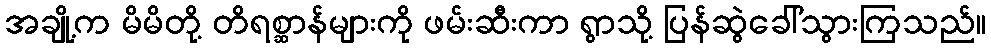
အချို့က မိမိတို့ တိရစ္ဆာန်များကို ဖမ်းဆီးကာ ရွာသို့ ပြန်ဆွဲခေါ်သွားကြသည်။